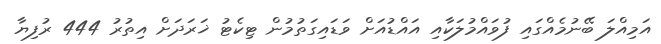
އަމިއްލަ ބޭނުމެއްގައި ފުވައްމުލަކާއި އައްޑުއަށް ވަޑައިގަތުމުން ޓިކެޓު ޚަރަދަށް އިތުރު 444 ރުފިޔާ